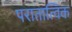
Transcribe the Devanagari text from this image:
परातात्विक